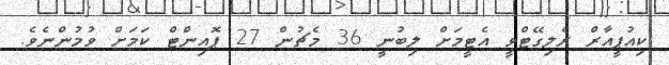
ކިއުޕީއާރް ރެލިގޭޓްވީ އެޓީމަށް ލިބުނީ 36 މެޗުން 27 ޕޮއިންޓް ކަމަށް ވުމުންނެވެ.